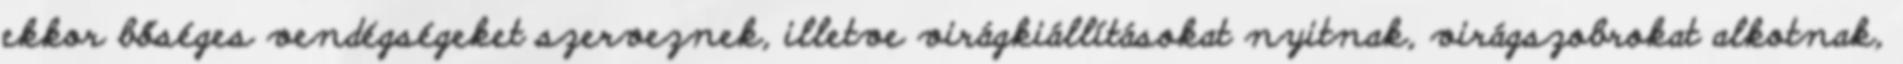
ekkor bőséges vendégségeket szerveznek, illetve virágkiállításokat nyitnak, virágszobrokat alkotnak,